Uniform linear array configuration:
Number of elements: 24
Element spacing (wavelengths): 0.5
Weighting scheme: blackman
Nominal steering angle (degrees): -30
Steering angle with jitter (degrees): -28.509
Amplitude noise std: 0.05
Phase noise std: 0.05

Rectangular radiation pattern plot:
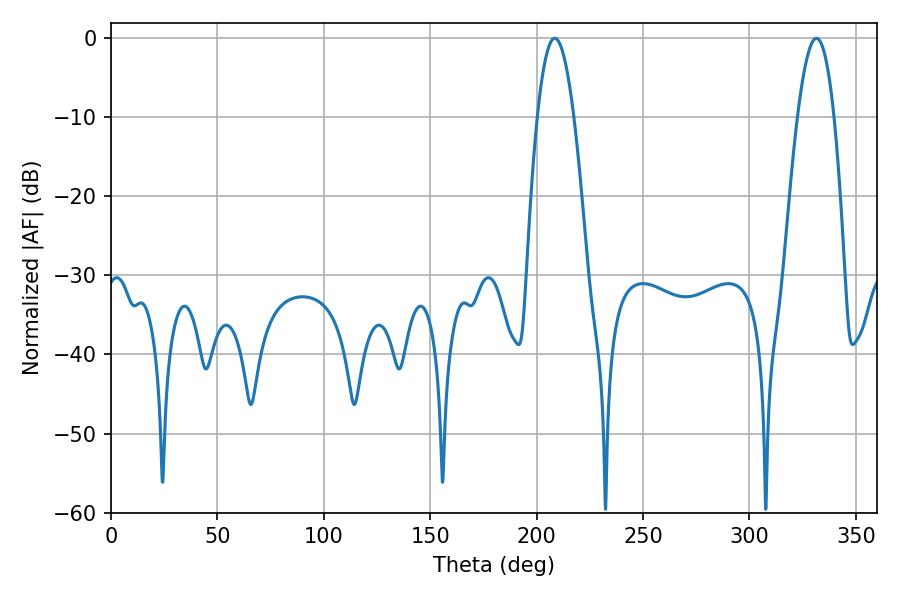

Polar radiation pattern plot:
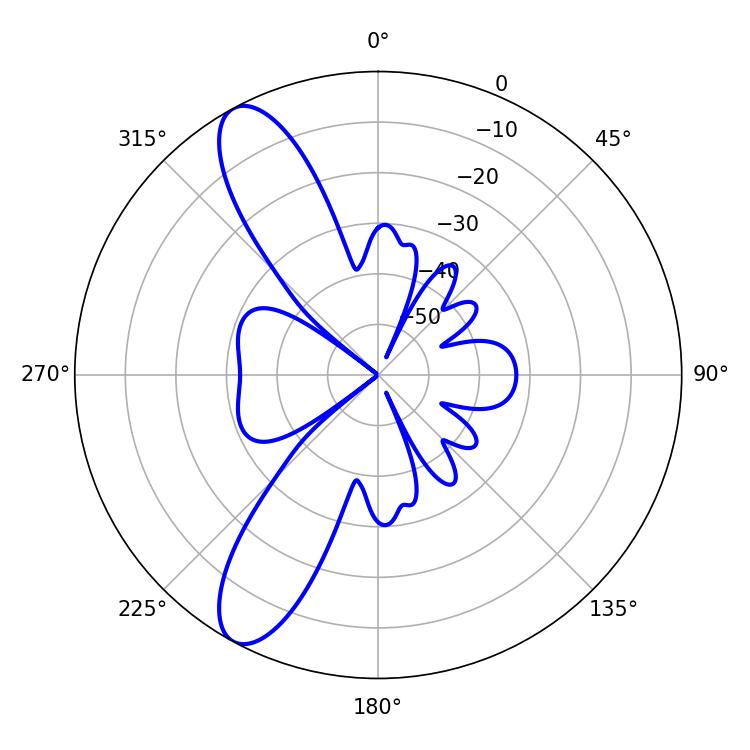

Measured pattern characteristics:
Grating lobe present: FALSE
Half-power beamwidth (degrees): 9.36
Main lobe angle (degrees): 208.44